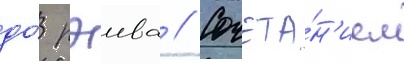
до́ рэива // Сочета́н'ием